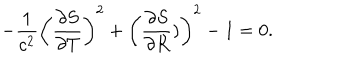
- \frac { 1 } { c ^ { 2 } } \left( \frac { \partial S } { \partial T } \right) ^ { 2 } + \left( \frac { \partial S } { \partial R } ) \right) ^ { 2 } - 1 = 0 .